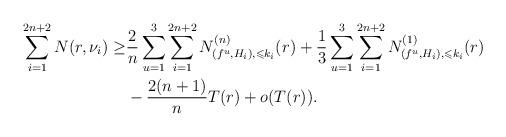
LaTeX: \begin{align*}\sum_{i=1}^{2n+2}N(r,\nu_i)\ge&\dfrac{2}{n}\sum_{u=1}^3\sum_{i=1}^{2n+2}N^{(n)}_{(f^u,H_i),\leqslant k_i}(r)+\dfrac{1}{3}\sum_{u=1}^3\sum_{i=1}^{2n+2}N^{(1)}_{(f^u,H_i),\leqslant k_i}(r)\\&-\dfrac{2(n+1)}{n}T(r)+o(T(r)).\end{align*}